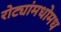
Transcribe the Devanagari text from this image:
रोट्यांमधोमध